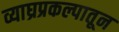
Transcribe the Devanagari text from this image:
व्याघ्रप्रकल्पातून